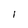
Character: I